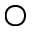
\bigcirc